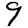
Digit: 9